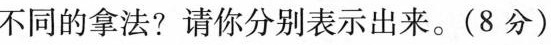
不同的拿法?请你分别表示出来。(8分)